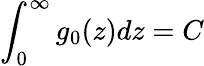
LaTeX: \int_{0}^{\infty}g_{0}(z)dz=C